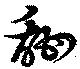
甜